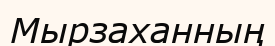
Мырзаханның